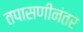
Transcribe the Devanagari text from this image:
तपासणीनंतर